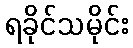
ရခိုင်သမိုင်း